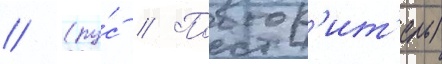
// (ру́с // Повтор'ит'ель)